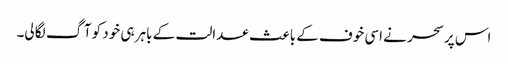
اس پر سحر نے اسی خوف کے باعث عدالت کے باہر ہی خود کو آگ لگا لی۔